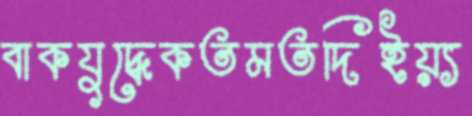
বাকযুদ্ধেকতমতদিইয়্য